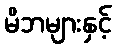
မိဘများနှင့်